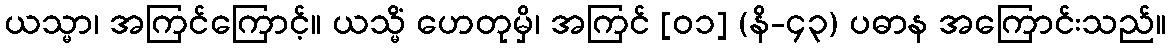
ယသ္မာ၊ အကြင်ကြောင့်။ ယသ္မိံ ဟေတုမှိ၊ အကြင် [၀၁] (နိ-၄၃) ပဓာန အကြောင်းသည်။